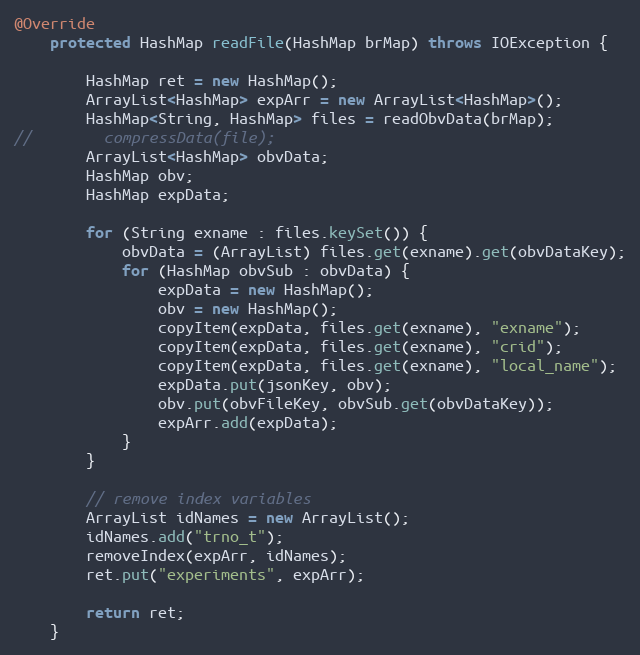
Language: Java
@Override
    protected HashMap readFile(HashMap brMap) throws IOException {

        HashMap ret = new HashMap();
        ArrayList<HashMap> expArr = new ArrayList<HashMap>();
        HashMap<String, HashMap> files = readObvData(brMap);
//        compressData(file);
        ArrayList<HashMap> obvData;
        HashMap obv;
        HashMap expData;

        for (String exname : files.keySet()) {
            obvData = (ArrayList) files.get(exname).get(obvDataKey);
            for (HashMap obvSub : obvData) {
                expData = new HashMap();
                obv = new HashMap();
                copyItem(expData, files.get(exname), "exname");
                copyItem(expData, files.get(exname), "crid");
                copyItem(expData, files.get(exname), "local_name");
                expData.put(jsonKey, obv);
                obv.put(obvFileKey, obvSub.get(obvDataKey));
                expArr.add(expData);
            }
        }

        // remove index variables
        ArrayList idNames = new ArrayList();
        idNames.add("trno_t");
        removeIndex(expArr, idNames);
        ret.put("experiments", expArr);

        return ret;
    }